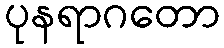
ပုနရာဂတော